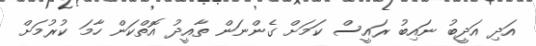
އަދި އަދީބު ނައިބު ރައީސް ކަމަށް ގެންނަން ތާއީދު އޮތްކަން ހާމަ ކުރުމަށް